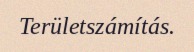
Területszámítás.